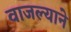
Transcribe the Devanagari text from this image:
वाजल्याने